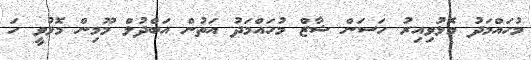
މުހައްމަދު މޮޅުވިއިރު ހަސަން ޝާޒް މުހައްމަދު އަތުން އަބްދުލް މޫމިން މޮޅުވީ ހަ